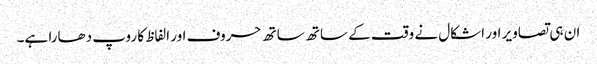
ان ہی تصاویر اور اشکال نے وقت کے ساتھ ساتھ حروف اور الفاظ کا روپ دھارا ہے۔